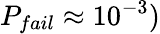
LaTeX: P_{fail}\approx 10^{-3})